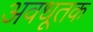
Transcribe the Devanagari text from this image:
अवधूतक